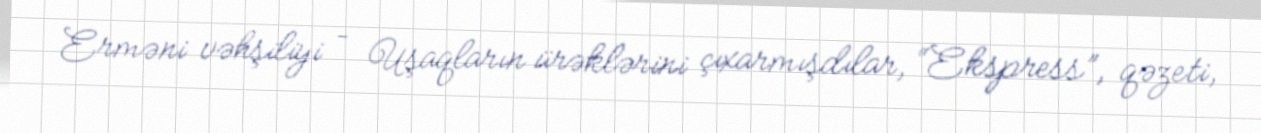
Erməni vəhşiliyi – Uşaqların ürəklərini çıxarmışdılar, “Ekspress”, qəzeti,